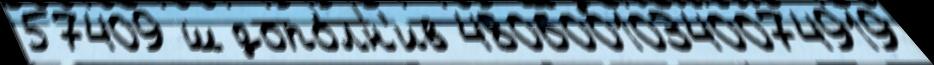
57409 ш допо́лн'ив 48060010340074919